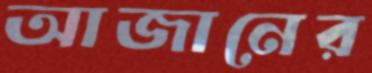
আজানের